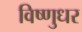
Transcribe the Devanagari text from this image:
विष्णुधर